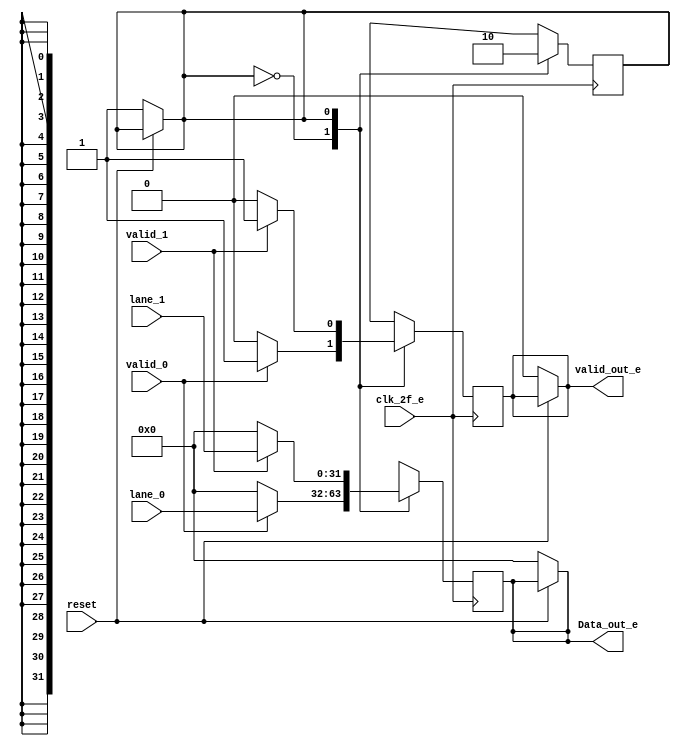
/* Generated by Yosys 0.9 (git sha1 1979e0b) */

(* top =  1  *)
(* src = "byte_un_striping_e.v:1" *)
module byte_un_striping_e(clk_2f_e, reset, valid_0, lane_0, valid_1, lane_1, valid_out_e, Data_out_e);
  (* src = "byte_un_striping_e.v:13" *)
  reg [31:0] _0_;
  (* src = "byte_un_striping_e.v:13" *)
  reg _1_;
  (* src = "byte_un_striping_e.v:13" *)
  reg _2_;
  (* src = "byte_un_striping_e.v:21" *)
  reg [31:0] _3_;
  (* src = "byte_un_striping_e.v:21" *)
  reg _4_;
  (* src = "byte_un_striping_e.v:21" *)
  reg _5_;
  (* src = "byte_un_striping_e.v:14" *)
  wire _6_;
  (* src = "byte_un_striping_e.v:9" *)
  output [31:0] Data_out_e;
  reg [31:0] Data_out_e;
  (* src = "byte_un_striping_e.v:2" *)
  input clk_2f_e;
  (* src = "byte_un_striping_e.v:11" *)
  reg contador;
  (* src = "byte_un_striping_e.v:5" *)
  input [31:0] lane_0;
  (* src = "byte_un_striping_e.v:7" *)
  input [31:0] lane_1;
  (* src = "byte_un_striping_e.v:3" *)
  input reset;
  (* src = "byte_un_striping_e.v:4" *)
  input valid_0;
  (* src = "byte_un_striping_e.v:6" *)
  input valid_1;
  (* src = "byte_un_striping_e.v:8" *)
  output valid_out_e;
  reg valid_out_e;
  assign _6_ = ~(* src = "byte_un_striping_e.v:14" *) reset;
  always @* begin
    _2_ = valid_out_e;
    _0_ = Data_out_e;
    _1_ = contador;
    (* src = "byte_un_striping_e.v:14" *)
    casez (_6_)
      /* src = "byte_un_striping_e.v:14" */
      1'h1:
        begin
          _2_ = 1'h0;
          _0_ = 32'd0;
          _1_ = 1'h1;
        end
      default:
          /* empty */;
    endcase
  end
  always @* begin
      valid_out_e <= _2_;
      Data_out_e <= _0_;
      contador <= _1_;
  end
  always @* begin
    _5_ = valid_out_e;
    _3_ = Data_out_e;
    _4_ = contador;
    (* src = "byte_un_striping_e.v:22" *)
    casez (contador)
      /* src = "byte_un_striping_e.v:23" */
      1'h0:
          (* src = "byte_un_striping_e.v:25" *)
          casez (valid_0)
            /* src = "byte_un_striping_e.v:25" */
            1'h1:
              begin
                _4_ = 1'h1;
                _5_ = 1'h1;
                _3_ = lane_0;
              end
            /* src = "byte_un_striping_e.v:30" */
            default:
              begin
                _4_ = 1'h1;
                _5_ = 1'h0;
                _3_ = 32'd0;
              end
          endcase
      /* src = "byte_un_striping_e.v:36" */
      1'h1:
          (* src = "byte_un_striping_e.v:38" *)
          casez (valid_1)
            /* src = "byte_un_striping_e.v:38" */
            1'h1:
              begin
                _4_ = 1'h0;
                _5_ = 1'h1;
                _3_ = lane_1;
              end
            /* src = "byte_un_striping_e.v:43" */
            default:
              begin
                _4_ = 1'h0;
                _5_ = 1'h0;
                _3_ = 32'd0;
              end
          endcase
      default:
          /* empty */;
    endcase
  end
  always @(posedge clk_2f_e) begin
      valid_out_e <= _5_;
      Data_out_e <= _3_;
      contador <= _4_;
  end
endmodule